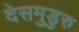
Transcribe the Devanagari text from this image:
देसमुडुरु